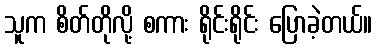
သူက စိတ်တိုလို့ စကား ရိုင်းရိုင်း ပြောခဲ့တယ်။